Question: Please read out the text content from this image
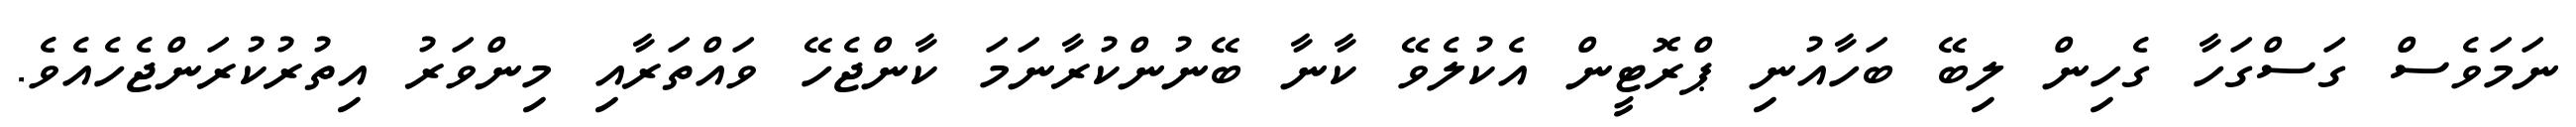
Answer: ނަމަވެސް ގަސްގަހާ ގެހިން ލިބޭ ބަހާއުނި ޕްރޮޓީން އެކުލެވޭ ކާނާ ބޭނުންކުރާނަމަ ކާންޖެހޭ ވައްތަރާއި މިންވަރު އިތުރުކުރަންޖެހެއެވެ.